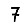
Digit: 7